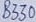
Text: B330